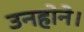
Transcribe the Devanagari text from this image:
उनहोने।